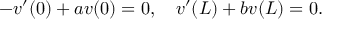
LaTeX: - v ^ { \prime } ( 0 ) + a v ( 0 ) = 0 , \quad v ^ { \prime } ( L ) + b v ( L ) = 0 .